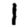
Digit: 1